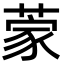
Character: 𮐃